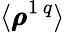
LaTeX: \langle\pmb{\rho}^{1\, q}\rangle